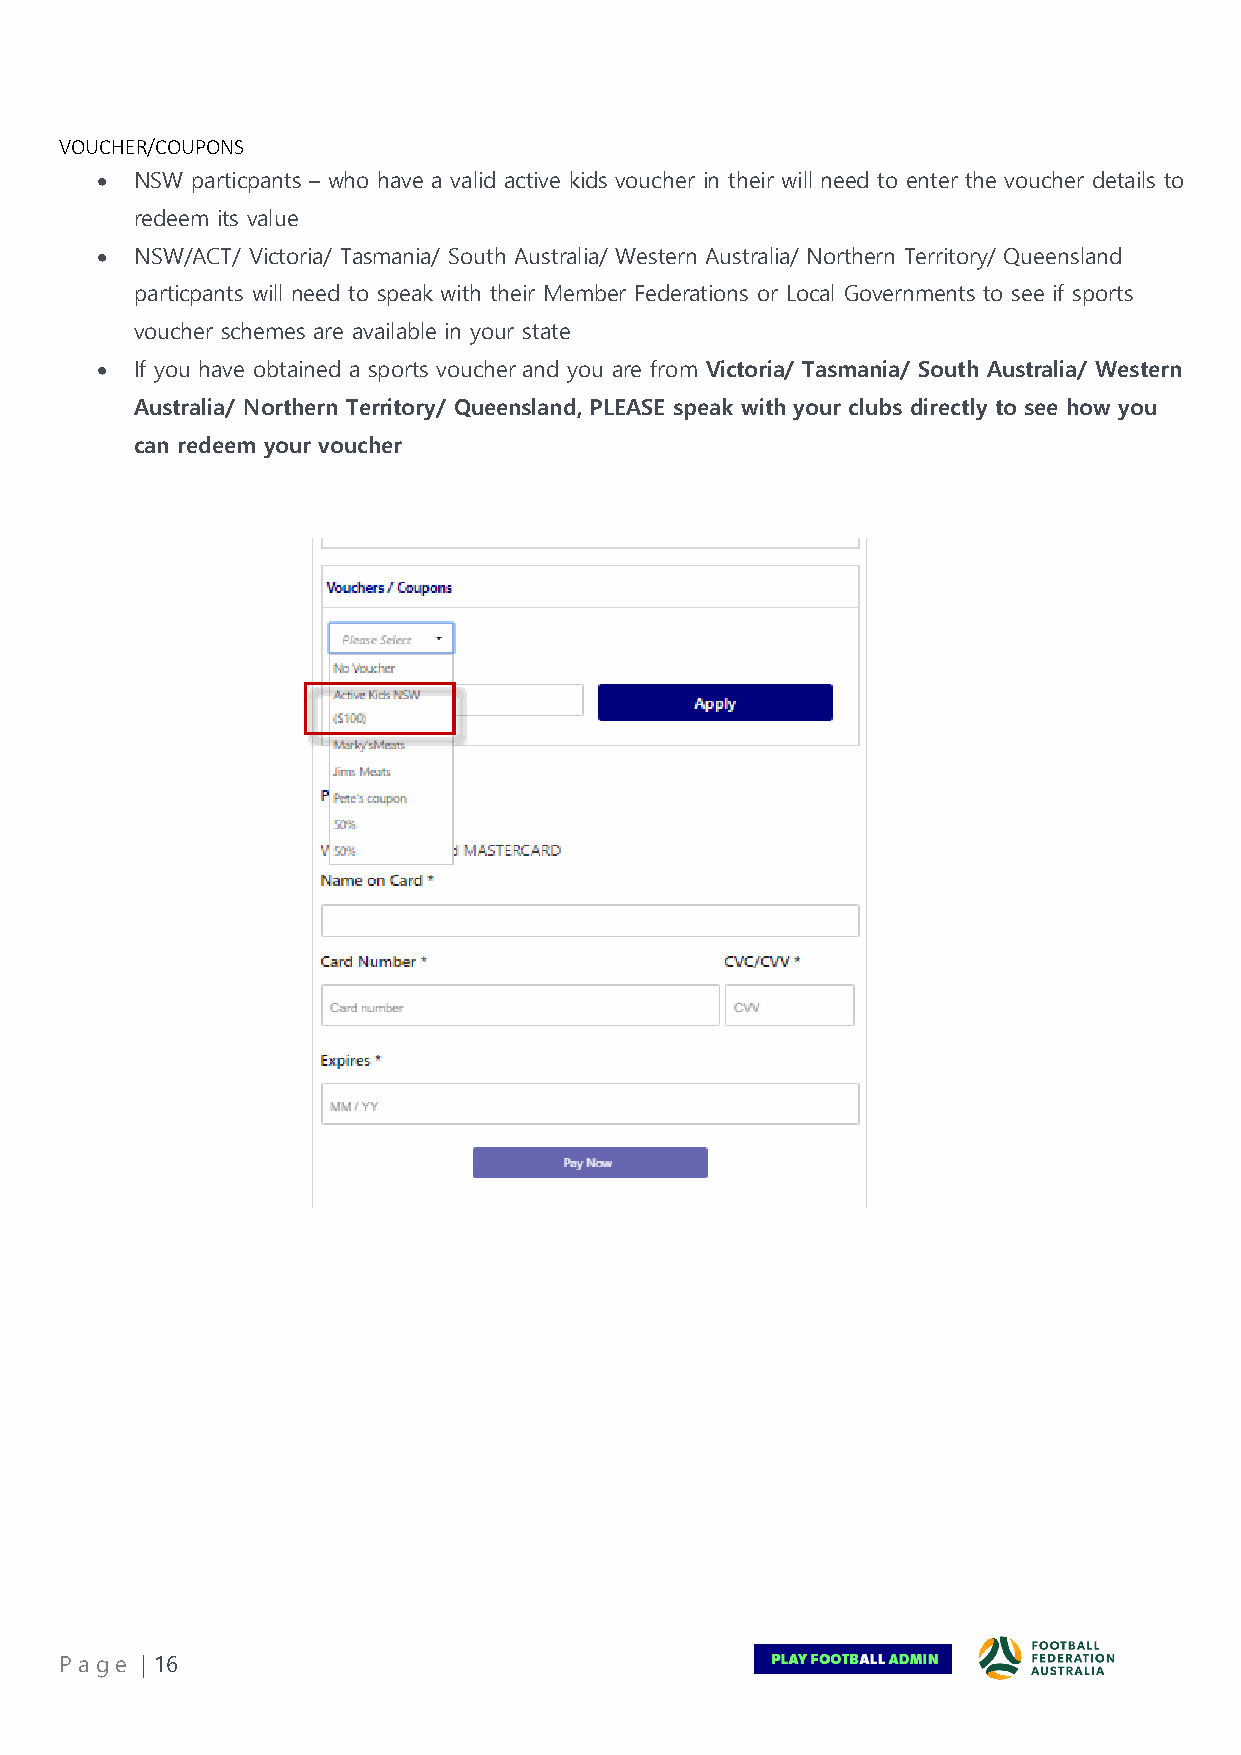
VOUCHER/COUPONS
 •  NSW particpants – who have a valid active kids voucher in their will need to enter the voucher details to
 redeem its value
 •  NSW/ACT/ Victoria/ Tasmania/ South Australia/ Western Australia/ Northern Territory/ Queensland
 particpants will need to speak with their Member Federations or Local Governments to see if sports
 voucher schemes are available in your state
 •  If you have obtained a sports voucher and you are from Victoria/ Tasmania/ South Australia/ Western
 Australia/ Northern Territory/ Queensland, PLEASE speak with your clubs directly to see how you
 can redeem your voucher
 Pa ge | 16